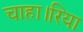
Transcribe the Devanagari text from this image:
चाहा।रिया